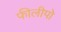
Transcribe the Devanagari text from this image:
फीलीपो